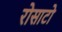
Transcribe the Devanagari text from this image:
रोसाटो